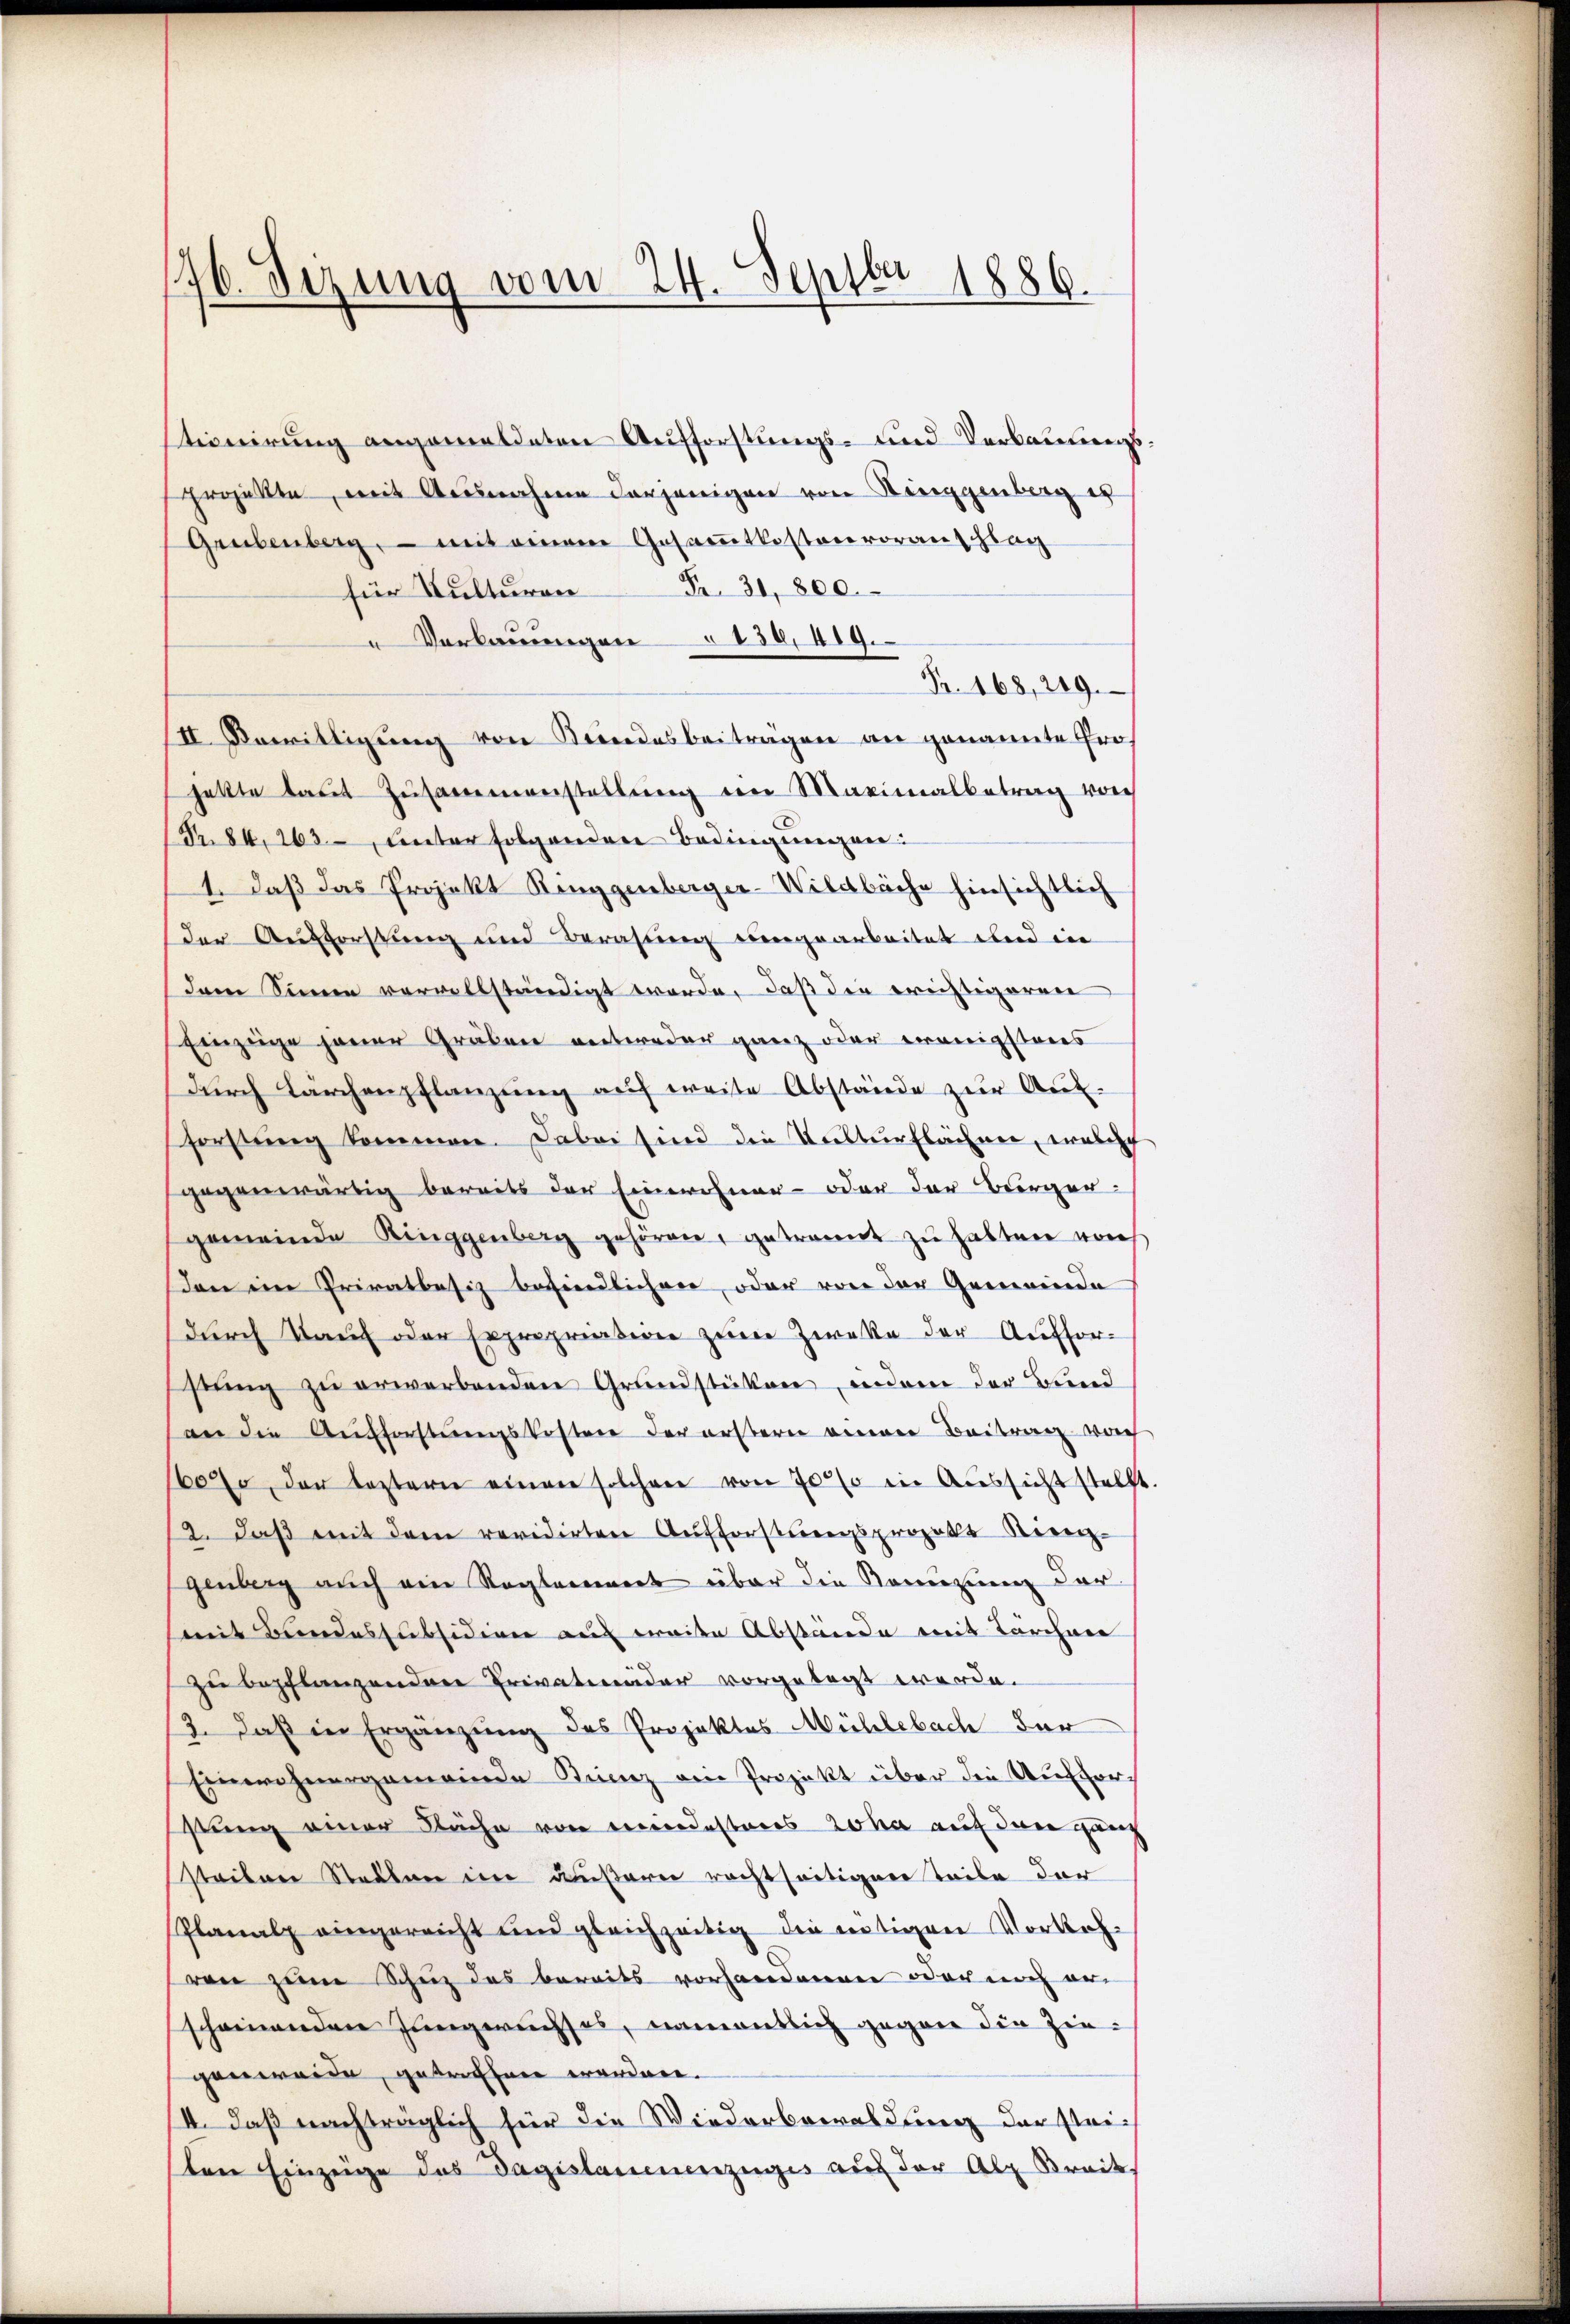
176. Sizung vom 24. Septbr 1886.

tionirung angemeldeten Aufforstungs- und Verbauungs¬
Erojekte, mit Ausnahme derjenigen von Ringgenberg es
Grubenberg, – mit einem Gesammtkostenvoranschlag
für Kulturen Fr. 31,800.
Verbauungen 130, 419.
Fr. 168, 249.
II. Bewittigung von Keindesbeiträgen an genannte Prohatte laut Zusammenstellŭng ein Maximalbetrag vorh
(Nr. 84, 263, unter folgenden Bedingungen
1. Daß das Projekt Ringgenberger-Wildbache hinsichtlich
der Ausforstung und Beratung eingearbeitet und in
dem Sinne vervollständigt werde, daß die erichtigeren
Einzeige jener Gräben entweder ganz oder wenigsteres
dŭrch Lärchenpflanzung auf weite Abstände zur Auf-
forstung kommen. Dabei sind die Kulturflächen, welch
gegenwärtig bereits der Einwohner- oder der Bürger-
gemeinde Ringgenberg gehören, getrennt zu hatten von
en im Privatbesiz befindlichen, oder von der Gemeinde
durch Kauf oder Expropriation zum Zwecke der Auffor-
stung zu erwerbenden Grundstüken, indem der Bund
an die Aufforstungskosten der erstern einer Beitrag woh
1607, der leztern einen solcher von 70 % in Aussicht stellt
2. daβ mit dem revidirten Aufforstungsprojekt Ringgenberg auch ein Reglement über die Renuzung darmit Bundessubsidion auf weite Abstände mit Türchner
zu bepflanzenden Privatender vorgelegt werde.
3. Daß in Ergänzung des Projektes Mühlebach der
Einwohnergemeinde Kinz ein Projekt über die Aufforstung einer Fläche von meindesteres Joha auf den ganz
steilen Stellen im äußere rechtseitigen Teile der
Planalp eingereicht und gleichzeitig die nötigen Vorkehven zum Schuz des bereits vorhandenen oder noch er
scheinenden Jungerechses, namentlich gegen die Zingenweide, getroffen worden.
II. Daß nachträglich für die Wiederbewaldung der Kleiten Einzeige das Gagislauenenzuges auf der Alp Breit